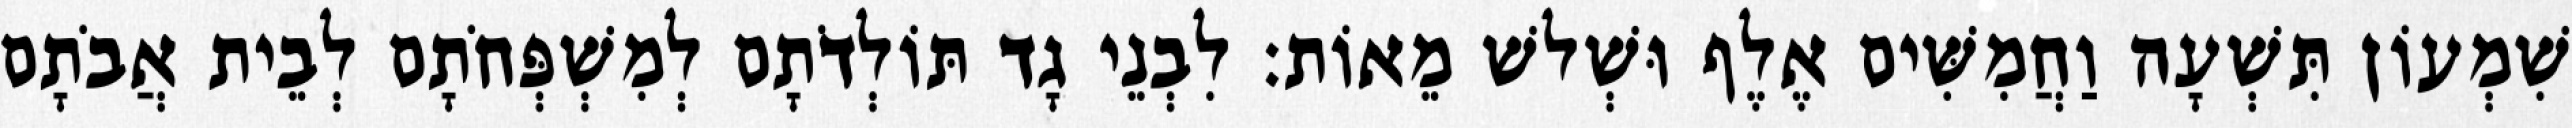
שִׁמְעוֹן תִּשְׁעָה וַחֲמִשִּׁים אֶלֶף וּשְׁלשׁ מֵאוֹת׃ לִבְנֵי גָד תּוֹלְדֹתָם לְמִשְׁפְּחֹתָם לְבֵית אֲבֹתָם